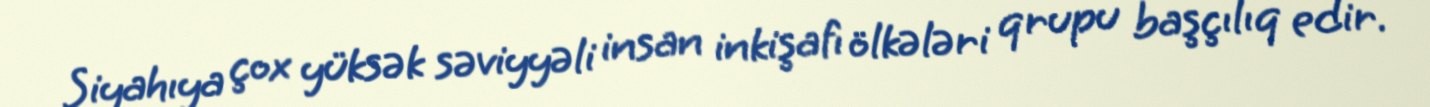
Siyahıya çox yüksək səviyyəli insan inkişafı ölkələri qrupu başçılıq edir.